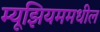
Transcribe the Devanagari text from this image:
म्यूझियममधील